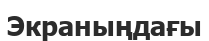
Экраныңдағы